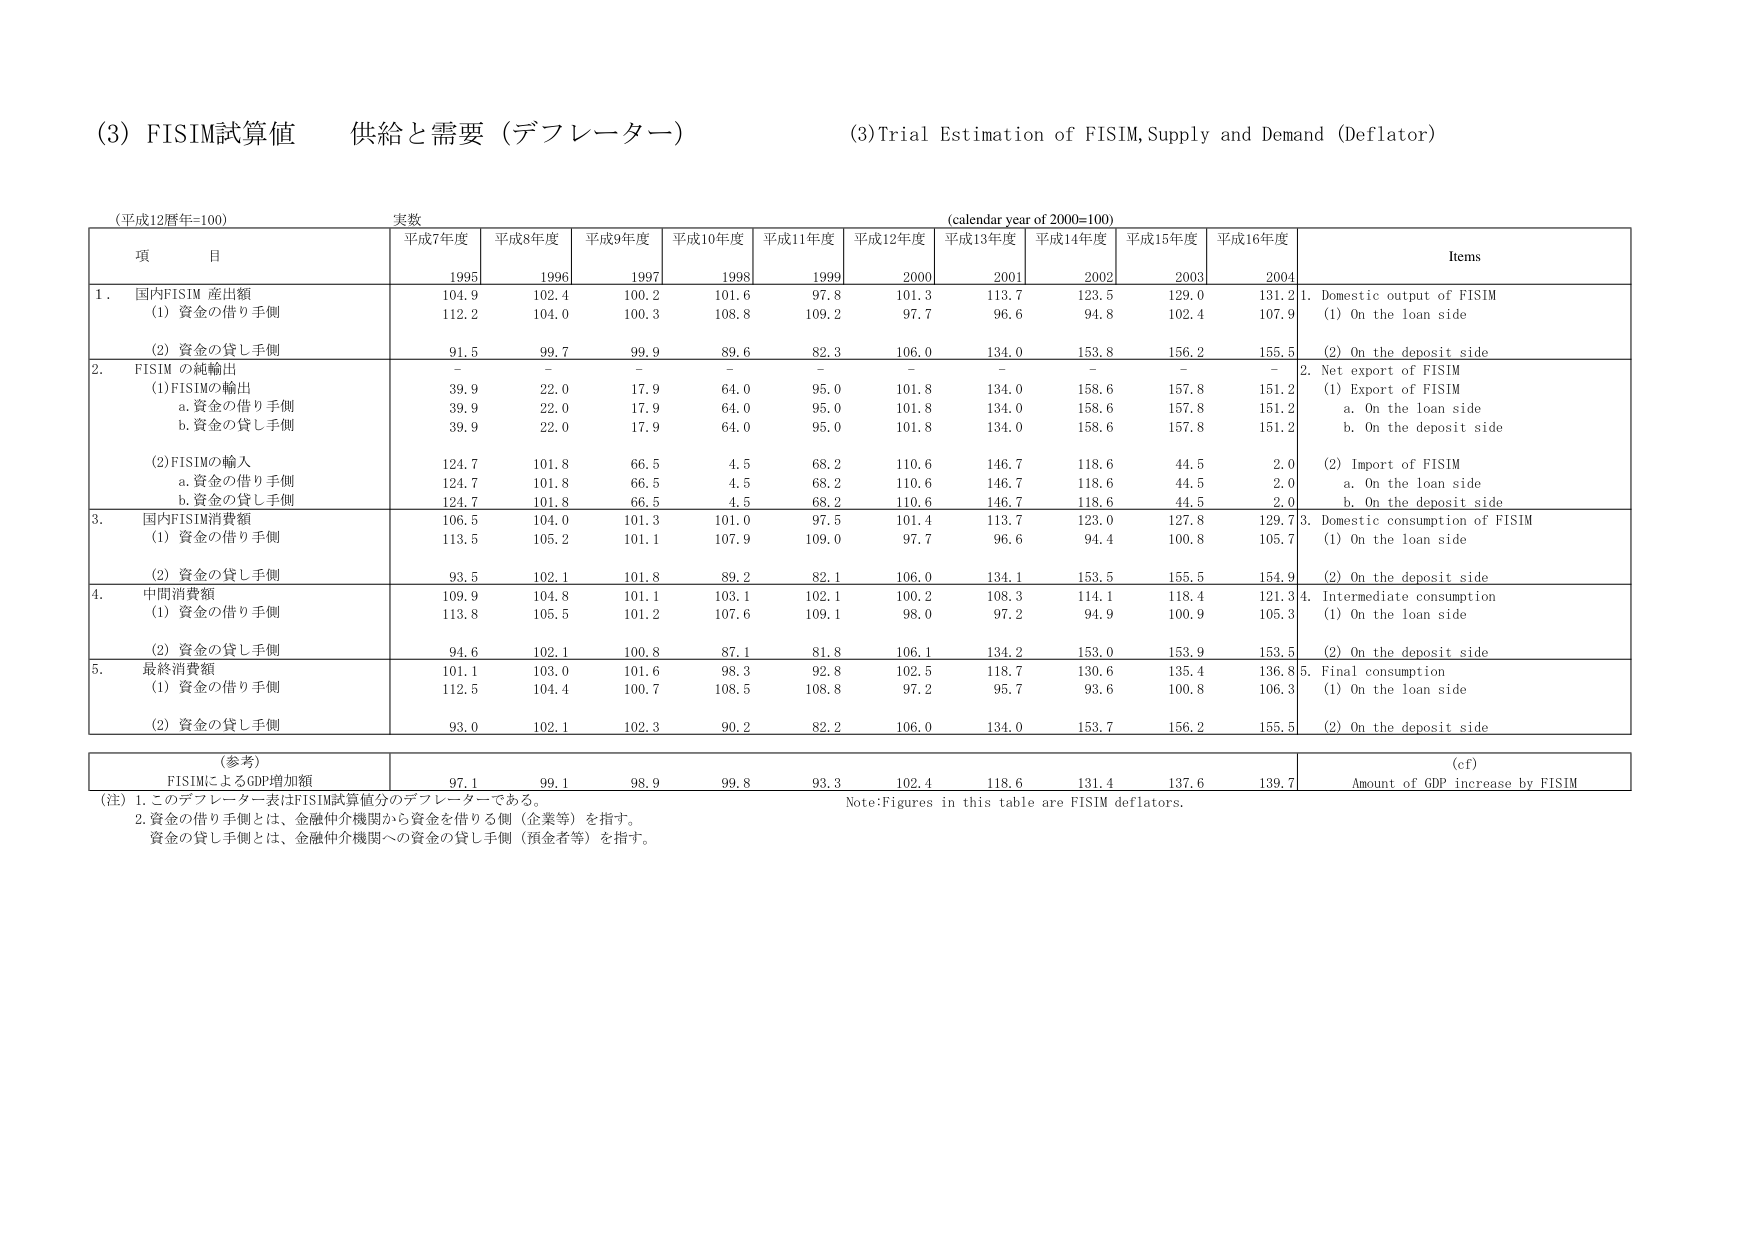
(3) FISIM試算値 供給と需要（デフレーター）
(3) Trial Estimation of FISIM, Supply and Demand (Deflator)

(平成12暦年=100) 実数
(calendar year of 2000=100)

項 目
平成7年度 1995
平成8年度 1996
平成9年度 1997
平成10年度 1998
平成11年度 1999
平成12年度 2000
平成13年度 2001
平成14年度 2002
平成15年度 2003
平成16年度 2004
Items

1. 国内FISIM 産出額
(1) 資金の借り手側
104.9 102.4 100.2 101.6 97.8 101.3 113.7 123.5 129.0 131.2
1. Domestic output of FISIM
(1) On the loan side
(2) 資金の貸し手側
91.5 99.7 99.9 89.6 82.3 106.0 134.0 153.8 156.2 155.5
(2) On the deposit side

2. FISIM の純輸出
- - - - - - - - - -
2. Net export of FISIM
(1)FISIMの輸出
39.9 22.0 17.9 64.0 95.0 101.8 134.0 158.6 157.8 151.2
(1) Export of FISIM
a. 資金の借り手側
39.9 22.0 17.9 64.0 95.0 101.8 134.0 158.6 157.8 151.2
a. On the loan side
b. 資金の貸し手側
39.9 22.0 17.9 64.0 95.0 101.8 134.0 158.6 157.8 151.2
b. On the deposit side
(2)FISIMの輸入
124.7 101.8 66.5 4.5 68.2 110.6 146.7 118.6 44.5 2.0
(2) Import of FISIM
a. 資金の借り手側
124.7 101.8 66.5 4.5 68.2 110.6 146.7 118.6 44.5 2.0
a. On the loan side
b. 資金の貸し手側
124.7 101.8 66.5 4.5 68.2 110.6 146.7 118.6 44.5 2.0
b. On the deposit side

3. 国内FISIM消費額
106.5 104.0 101.3 101.0 97.5 101.4 113.7 123.0 127.8 129.7
3. Domestic consumption of FISIM
(1) 資金の借り手側
113.5 105.2 101.1 107.9 109.0 97.7 96.6 94.4 100.8 105.7
(1) On the loan side
(2) 資金の貸し手側
93.5 102.1 101.8 89.2 82.1 106.0 134.1 153.5 155.5 154.9
(2) On the deposit side

4. 中間消費額
109.9 104.8 101.1 103.1 102.1 100.2 108.3 114.1 118.4 121.3
4. Intermediate consumption
(1) 資金の借り手側
113.8 105.5 101.2 107.6 109.1 98.0 97.2 94.9 100.9 105.3
(1) On the loan side
(2) 資金の貸し手側
94.6 102.1 100.8 87.1 81.8 106.1 134.2 153.0 153.9 153.5
(2) On the deposit side

5. 最終消費額
101.1 103.0 101.6 98.3 92.8 102.5 118.7 130.6 135.4 136.8
5. Final consumption
(1) 資金の借り手側
112.5 104.4 100.7 108.5 108.8 97.2 95.7 93.6 100.8 106.3
(1) On the loan side
(2) 資金の貸し手側
93.0 102.1 102.3 90.2 82.2 106.0 134.0 153.7 156.2 155.5
(2) On the deposit side

(参考)
FISIMによるGDP増加額
97.1 99.1 98.9 99.8 93.3 102.4 118.6 131.4 137.6 139.7
(cf)
Amount of GDP increase by FISIM

(注) 1. このデフレーター表はFISIM試算値分のデフレーターである。
2. 資金の借り手側とは、金融仲介機関から資金を借りる側（企業等）を指す。
資金の貸し手側とは、金融仲介機関への資金の貸し手側（預金者等）を指す。
Note: Figures in this table are FISIM deflators.